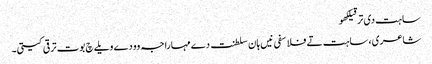
ساہت دی ترقیلکھو
شاعری، ساہت تے فلاسفی نیں ہان سلطنت دے مہاراجہ وو دے ویلے چ بوت ترقی کیتی۔